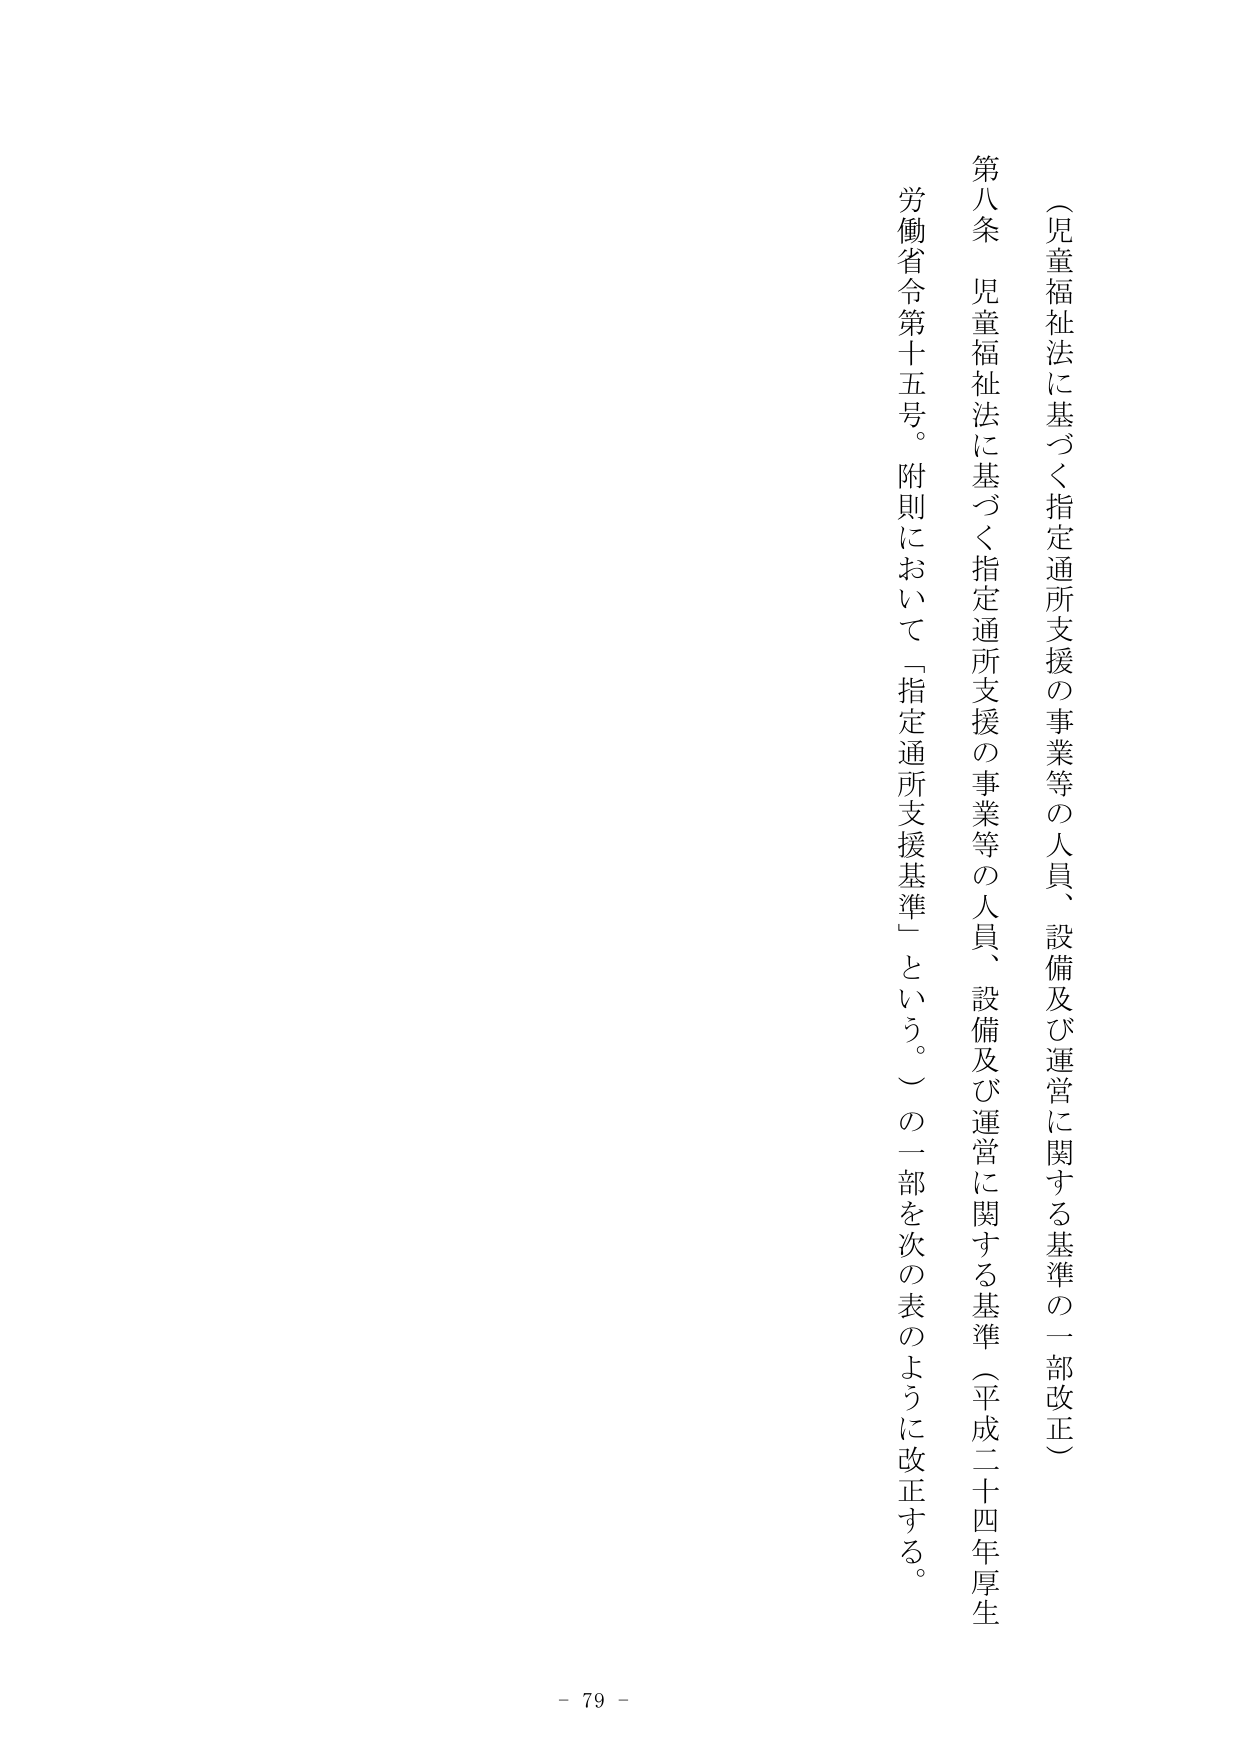
（児童福祉法に基づく指定通所支援の事業等の人員、設備及び運営に関する基準の一部改正）

第八条 児童福祉法に基づく指定通所支援の事業等の人員、設備及び運営に関する基準（平成二十四年厚生労働省令第十五号。附則において「指定通所支援基準」という。）の一部を次の表のように改正する。

- 79 -